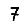
Digit: 7